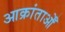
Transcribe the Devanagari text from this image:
आक्रांताओँ